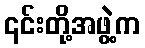
၎င်းတို့အဖွဲ့က